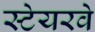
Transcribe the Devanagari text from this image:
स्टेयरवे